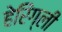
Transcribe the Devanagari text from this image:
हेरिंग्ली